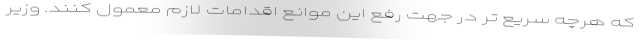
که هرچه سریع تر در جهت رفع این موانع اقدامات لازم معمول کنند. وزیر